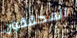
المحققون